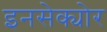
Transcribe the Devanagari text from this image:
इनसेक्योर